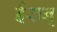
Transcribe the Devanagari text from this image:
ईरान्